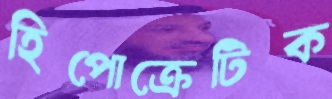
হিপোক্রেটিক